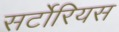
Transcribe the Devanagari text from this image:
सर्टोरियस